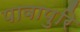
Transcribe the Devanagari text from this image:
पावापुरि